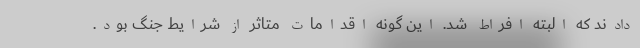
دادند که البته افراط شد. این گونه اقدامات متاثر از شرایط جنگ بود.